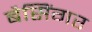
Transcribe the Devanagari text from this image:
बैसिंगर